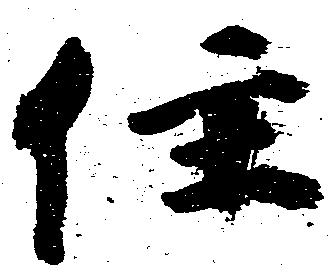
住